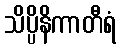
သိပ္ပိနိကာတီရံ